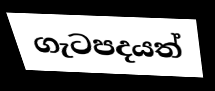
ගැටපදයත්